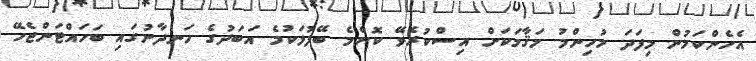
އެހެންކަމުން މިފަދަ މުހިންމު މަޤާމަކަށް އިސްކުރެވޭ ކޮންމެ ބޭފުޅަކުމެ އަބަދުގެ ހަނދާނުގައި ބަހައްޓަންޖެހޭ